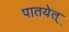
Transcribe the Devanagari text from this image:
पातयेत्